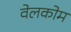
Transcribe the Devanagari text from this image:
वेलकोम